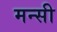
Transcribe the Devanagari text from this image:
मन्सी